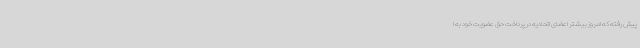
پیش رفته که امروز بیشتر اعضای اتحادیه در پرداخت حق عضویت خود به ا